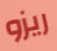
ريزو